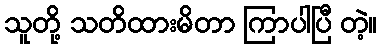
သူတို့ သတိထားမိတာ ကြာပါပြီ တဲ့။